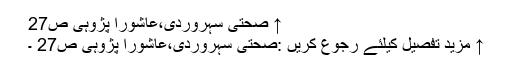
↑ صحتی سہروردی،عاشورا پژوہی ص27
↑ مزید تفصیل کیلئے رجوع کریں :صحتی سہروردی،عاشورا پژوہی ص27 ۔